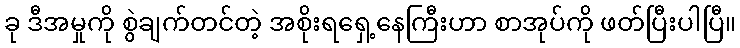
ခု ဒီအမှုကို စွဲချက်တင်တဲ့ အစိုးရရှေ့နေကြီးဟာ စာအုပ်ကို ဖတ်ပြီးပါပြီ။